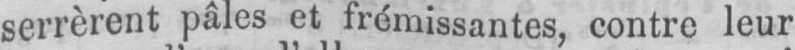
serrèrent pâles et frémissantes, contre leur